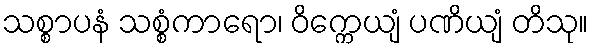
သစ္စာပနံ သစ္စံကာရော၊ ဝိက္ကေယျံ ပဏိယျံ တိသု။